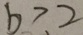
b > 2